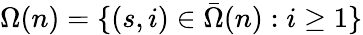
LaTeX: \Omega(n)=\{ (s,i)\in\bar{\Omega}(n):i\geq 1\}